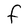
Character: F